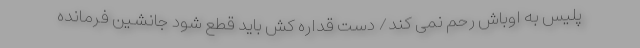
پلیس به اوباش رحم نمی کند/ دست قداره کش باید قطع شود جانشین فرمانده